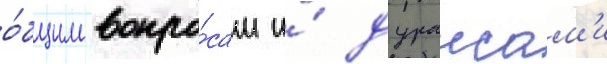
о́бщим вопро́сам и́ дураисам'и